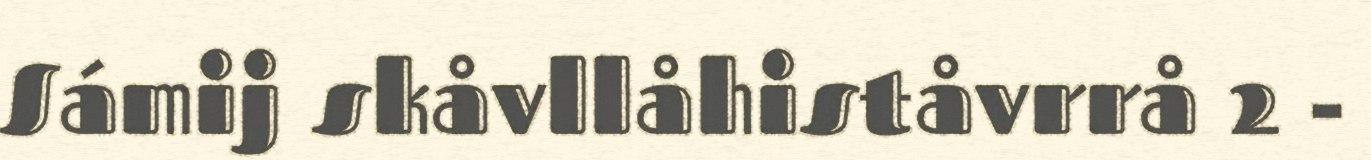
Sámij skåvllåhiståvrrå 2 -